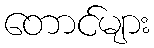
တောင်များ